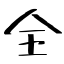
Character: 全